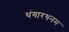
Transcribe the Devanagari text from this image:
थंगारथनम